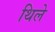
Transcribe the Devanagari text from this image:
थिले